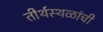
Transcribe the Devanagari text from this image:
तीर्थस्थळांची